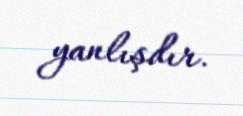
yanlışdır.